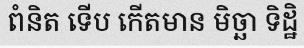
ពំនិត ទើប កើតមាន មិច្ឆា ទិដ្ឋិ